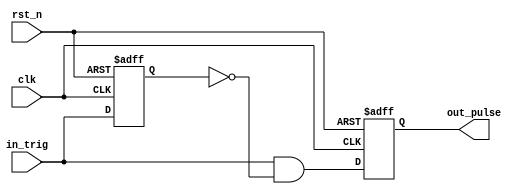
`timescale 1ns / 1ps
module one_pulse(
  input clk,  // clock input
  input rst_n, //active low reset
  input in_trig, // input trigger
  output reg out_pulse // output one pulse 
);

reg in_trig_delay;

// Buffer input 
always @(posedge clk or negedge rst_n)
  if (~rst_n)
    in_trig_delay <= 1'b0; 
  else
    in_trig_delay <= in_trig;

// Pulse generation
assign out_pulse_next = in_trig & (~in_trig_delay);

always @(posedge clk or negedge rst_n)
  if (~rst_n)
    out_pulse <=1'b0;
  else
    out_pulse <= out_pulse_next;

endmodule